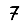
Digit: 7